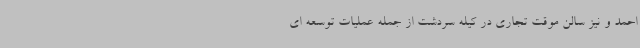
احمد و نیز سالن موقت تجاری در کیله سردشت از جمله عملیات توسعه ای